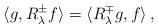
LaTeX: \begin{align*}\langle g, R_\lambda^\pm f\rangle=\langle R^{\mp}_\lambda g,f\rangle\,,\end{align*}